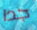
جدا